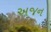
અજન